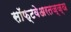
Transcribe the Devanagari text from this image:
सॉफ्टवेअरतज्ज्ञ